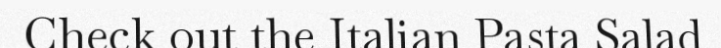
Check out the Italian Pasta Salad